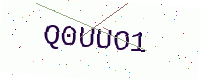
Text: Q0UUO1